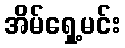
အိမ်ရှေ့မင်း